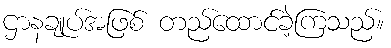
ဌာနချုပ်အဖြစ် တည်ထောင်ခဲ့ကြသည်။